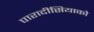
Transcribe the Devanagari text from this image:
पारादीसियाको